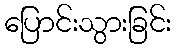
ပြောင်းသွားခြင်း